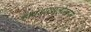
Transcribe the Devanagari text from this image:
हावडाखालोखाल